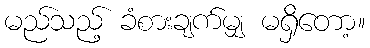
မည်သည့် ခံစားချက်မျှ မရှိတော့။